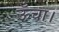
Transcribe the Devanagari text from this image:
ऊँचा।